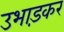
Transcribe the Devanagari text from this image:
उभाड़कर